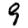
Digit: 9